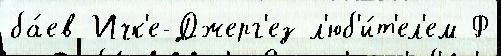
ба́ев Ичк'е-Джерг'ез л'юб'и́т'ел'ем Ф